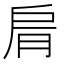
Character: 𦚑